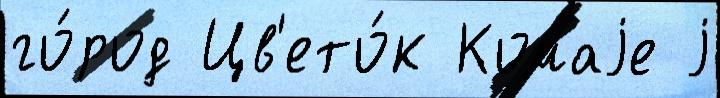
го́род Цв'ето́к Комаjе j